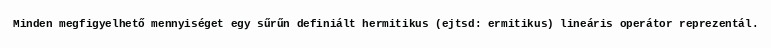
Minden megfigyelhető mennyiséget egy sűrűn definiált hermitikus (ejtsd: ermitikus) lineáris operátor reprezentál.